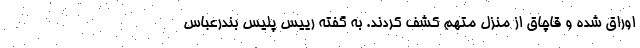
اوراق شده و قاچاق از منزل متهم کشف کردند. به گفته رییس پلیس بندرعباس